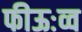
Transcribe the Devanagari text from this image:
फीऊःव्व